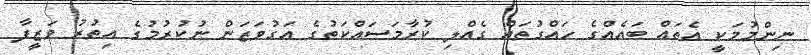
ނިންމުމަކީ އެތައް ބައެއްގެ ހައްގުތައް ގެއްލި ކުރާމަސައްކަތުގެ އަގުވަޒަން ނުކުރުމުގެ އިތުރު ވަޒީފާ